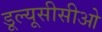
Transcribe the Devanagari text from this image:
डूल्यूसीसीओ